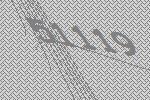
51119